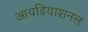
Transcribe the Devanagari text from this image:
आयडियाशनल